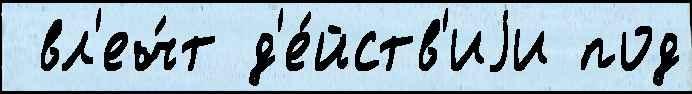
 вл'еч́т д'е́йств'иjи под